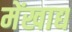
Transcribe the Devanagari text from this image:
मेंखाद्य